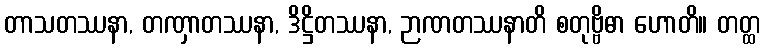
တာသတဿနာ, တဏှာတဿနာ, ဒိဋ္ဌိတဿနာ, ဉာဏတဿနာတိ စတုဗ္ဗိဓာ ဟောတိ။ တတ္ထ